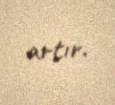
artır.